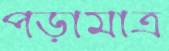
পড়ামাত্র